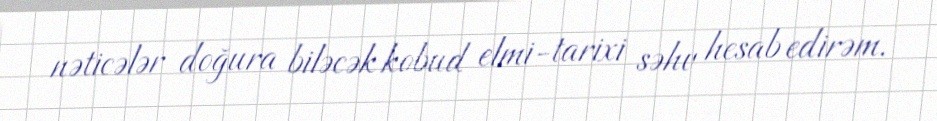
nəticələr doğura biləcək kobud elmi-tarixi səhv hesab edirəm.